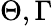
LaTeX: \Theta,\Gamma